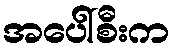
အပေါ်စီးက